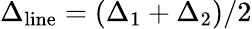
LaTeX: \Delta_{\mathrm{line}}=\left(\Delta_{1}+\Delta_{2}\right)/2